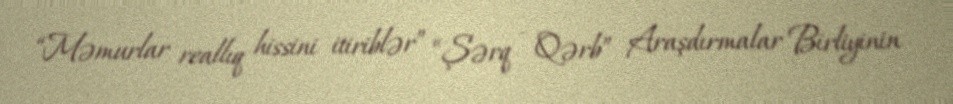
“Məmurlar reallıq hissini itiriblər” “Şərq - Qərb” Araşdırmalar Birliyinin